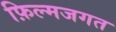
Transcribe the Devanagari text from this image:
फ़िल्मजगत